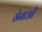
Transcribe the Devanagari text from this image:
सेनाओें